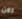
الان